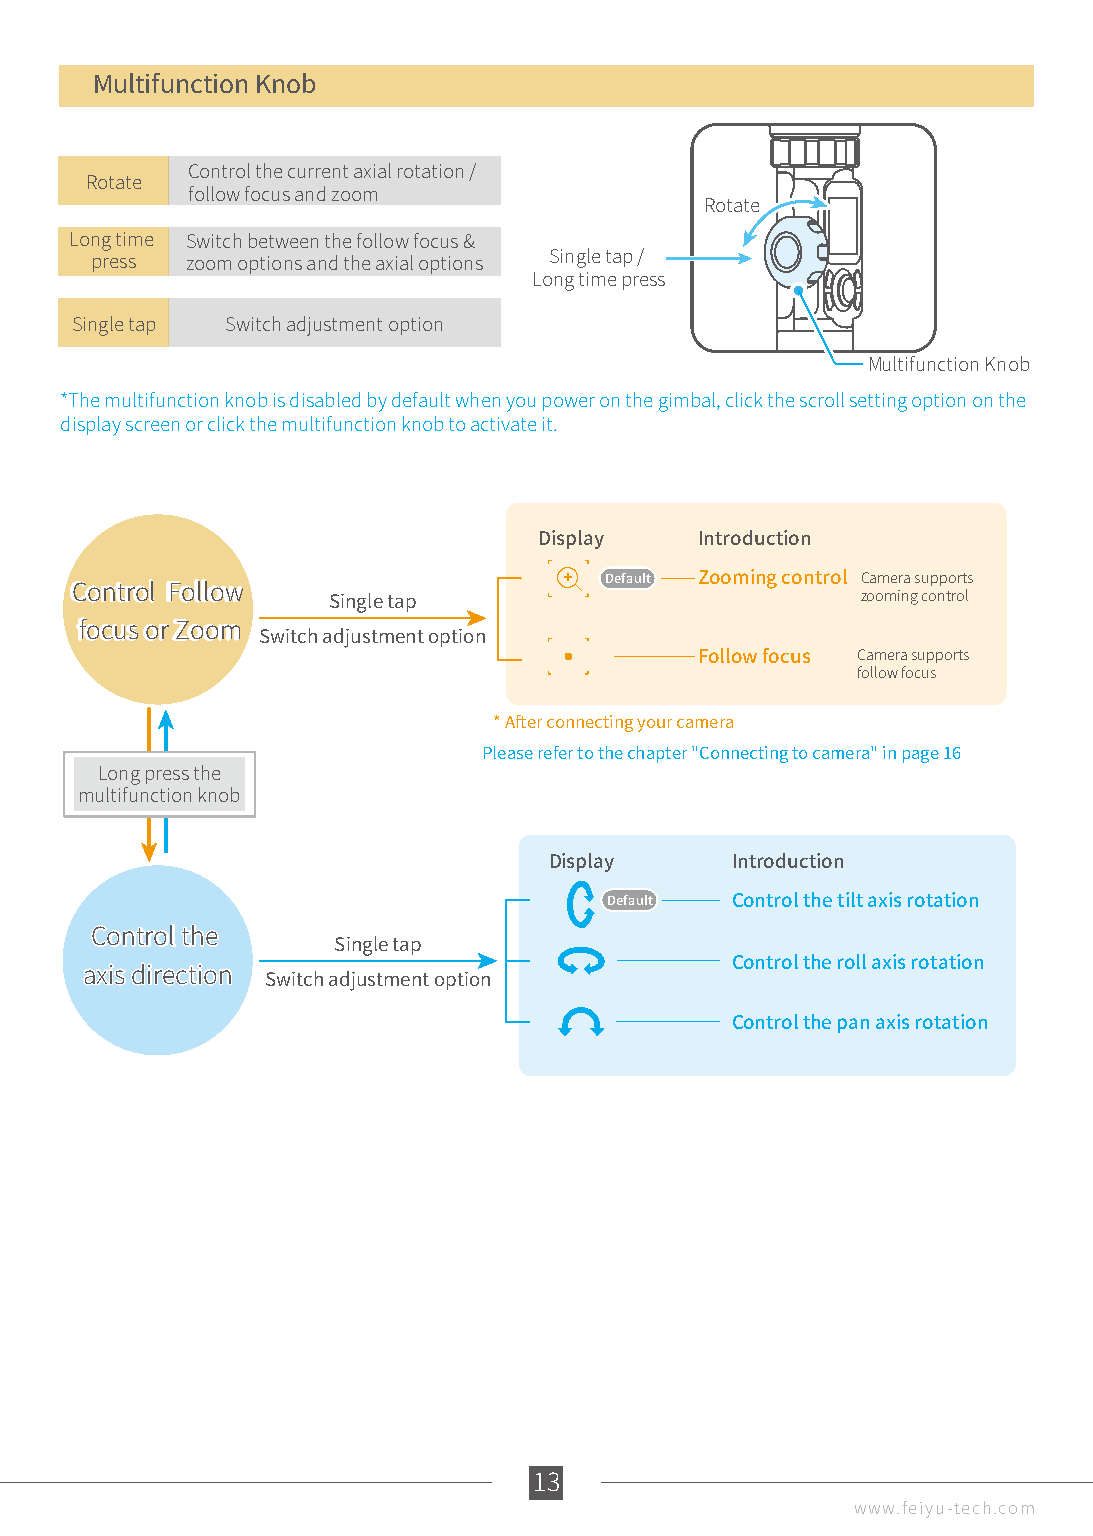
Multifunction Knob
 Control the current axial rotation /
 Rotate
 follow focus and zoom
 Rotate
 Long time Switch between the follow focus &
 press zoom options and the axial options Single tap /
 Long time press
 Single tap Switch adjustment option
 Multifunction Knob
 *The multifunction knob is disabled by default when you power on the gimbal, click the scroll setting option on the
 display screen or click the multifunction knob to activate it.
 Display   Introduction
 Default Zooming control Camera supports
 CCoonnttrrooll FFoollllooww                         zooming control
 Single tap
 ffooccuuss oorr ZZoooomm Switch adjustment option
 Follow focus Camera supports
 follow focus
 * After connecting your camera
 Please refer to the chapter "Connecting to camera" in page 16
 Long press the
 multifunction knob
 Display     Introduction
 Default Control the tilt axis rotation
 CCoonnttrrooll tthhee Single tap
 Control the roll axis rotation
 aaxxiiss ddiirreeccttiioonn Switch adjustment option
 Control the pan axis rotation
 13
 www.feiyu-tech.com